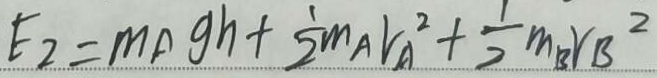
E _ { 2 } = m A g h + \frac { 1 } { 2 } m _ { A } r _ { A } ^ { 2 } + \frac { 1 } { 2 } m _ { B } r B ^ { 2 }